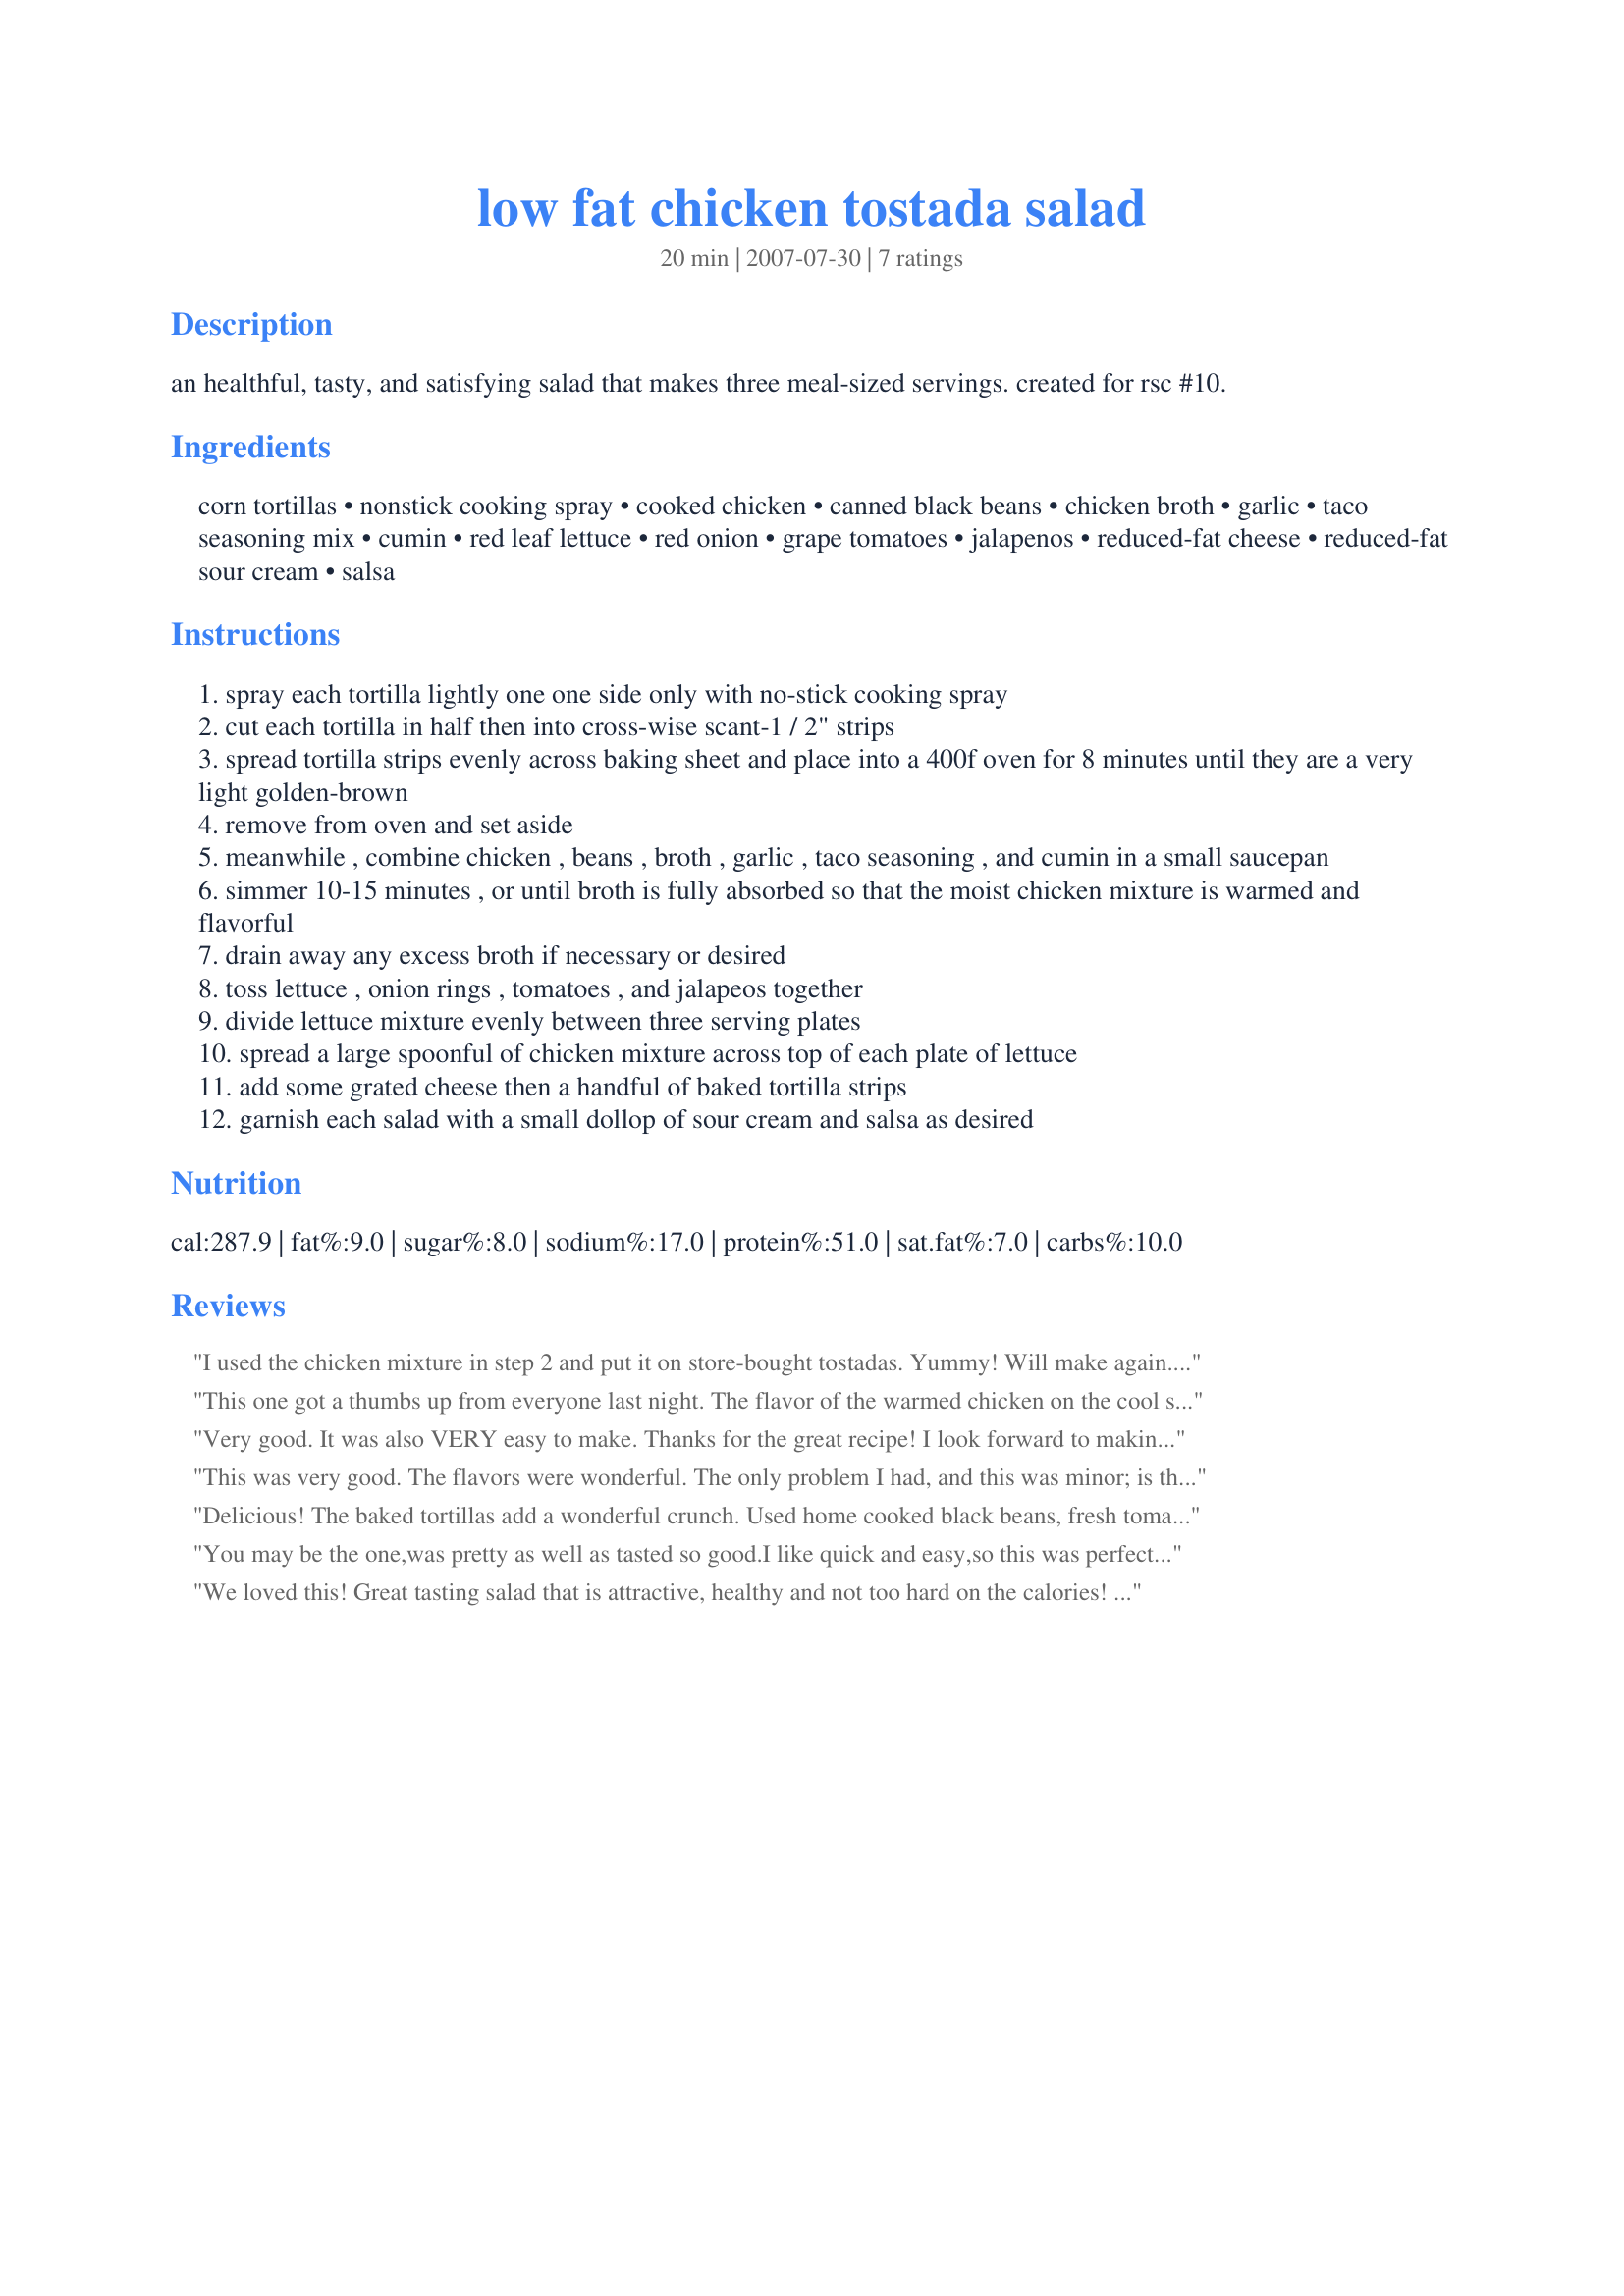
low fat chicken tostada salad
Preparation time: 20 minutes

an healthful, tasty, and satisfying salad that makes three meal-sized servings. created for rsc #10.

Ingredients:
corn tortillas, nonstick cooking spray, cooked chicken, canned black beans, chicken broth, garlic, taco seasoning mix, cumin, red leaf lettuce, red onion, grape tomatoes, jalapenos, reduced-fat cheese, reduced-fat sour cream, salsa

Steps:
spray each tortilla lightly one one side only with no-stick cooking spray
cut each tortilla in half then into cross-wise scant-1 / 2" strips
spread tortilla strips evenly across baking sheet and place into a 400f oven for 8 minutes until they are a very light golden-brown
remove from oven and set aside
meanwhile , combine chicken , beans , broth , garlic , taco seasoning , and cumin in a small saucepan
simmer 10-15 minutes , or until broth is fully absorbed so that the moist chicken mixture is warmed and flavorful
drain away any excess broth if necessary or desired
toss lettuce , onion rings , tomatoes , and jalapeos together
divide lettuce mixture evenly between three serving plates
spread a large spoonful of chicken mixture across top of each plate of lettuce
add some grated cheese then a handful of baked tortilla strips
garnish each salad with a small dollop of sour cream and salsa as desired

Reviews:
I used the chicken mixture in step 2 and put it on store-bought tostadas. Yummy! Will make again. Thanks.
This one got a thumbs up from everyone last night. The flavor of the warmed chicken on the cool salad with the crunch of the baked tortillas was just so satisfying. I try very hard not to deviate from an RSC recipe, but knowing my DD's SO, I doubled the chicken mixture, using a rotisserie chicken. And, although not specified in the recipe, I mixed salsa with the sour cream to make a dressing. Awesome light summer meal. You did good with this one. Good luck.
Very good. It was also VERY easy to make. Thanks for the great recipe! I look forward to making it again. :)
This was very good. The flavors were wonderful. The only problem I had, and this was minor; is that my crispy tortilla strips did not stay crispy on the salad. They seemed crispy, but when I put them on the salad, they got a little soft again. I'm not really sure how I can correct this. I'm not sure cooking them any longer will help, since they'll just burn. Other than that, I would rate this as a top notch, first class recipe!!
Delicious! The baked tortillas add a wonderful crunch. Used home cooked black beans, fresh tomatoes and a combination of cheddar and monterey jack cheese. The lettuce was romaine. Definitely a winning recipe. Good luck in **RSC 10**.
You may be the one,was pretty as well as tasted so good.I like quick and easy,so this was perfect. Good Luck in the contest
We loved this! Great tasting salad that is attractive, healthy and not too hard on the calories! I prefer it to the spicy chicken taco salad at Boston Pizza (one of my favs). I made this for lunch for 3 and it was the perfect amount. Excellent recipe, thanks for posting and good luck in the contest!
